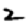
Digit: 2